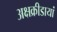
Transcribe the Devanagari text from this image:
अक्षक्रीडायां